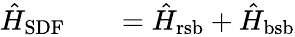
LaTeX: \begin{array}{rlr}{\hat{H}_{\mathrm{SDF}}}&{{}}&{=\hat{H}_{\mathrm{rsb}}+\hat{H}_{\mathrm{bsb}}}\end{array}